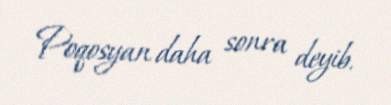
Poqosyan daha sonra deyib.